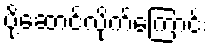
ပို့ဆောင်လိုက်ကြောင်း